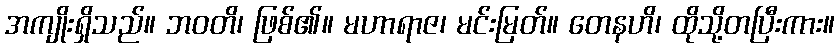
အကျိုးရှိသည်။ ဘဝတိ၊ ဖြစ်၏။ မဟာရာဇ၊ မင်းမြတ်။ တေနဟိ၊ ထိုသို့တပြီးကား။